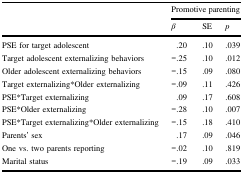
<table><thead><tr><td></td><td colspan="3"><b>Promotive parenting</b></td></tr><tr><td></td><td><b><i>β</i></b></td><td><b>SE</b></td><td><b><i>p</i></b></td></tr></thead><tbody><tr><td>PSE for target adolescent</td><td>.20</td><td>.10</td><td>.039</td></tr><tr><td>Target adolescent externalizing behaviors</td><td>−.25</td><td>.10</td><td>.012</td></tr><tr><td>Older adolescent externalizing behaviors</td><td>−.15</td><td>.09</td><td>.080</td></tr><tr><td>Target externalizing*Older externalizing</td><td>−.09</td><td>.11</td><td>.426</td></tr><tr><td>PSE*Target externalizing</td><td>.09</td><td>.17</td><td>.608</td></tr><tr><td>PSE*Older externalizing</td><td>−.28</td><td>.10</td><td>.007</td></tr><tr><td>PSE*Target externalizing*Older externalizing</td><td>−.15</td><td>.18</td><td>.410</td></tr><tr><td>Parents’ sex</td><td>.17</td><td>.09</td><td>.046</td></tr><tr><td>One vs. two parents reporting</td><td>−.02</td><td>.10</td><td>.819</td></tr><tr><td>Marital status</td><td>−.19</td><td>.09</td><td>.033</td></tr></tbody></table>